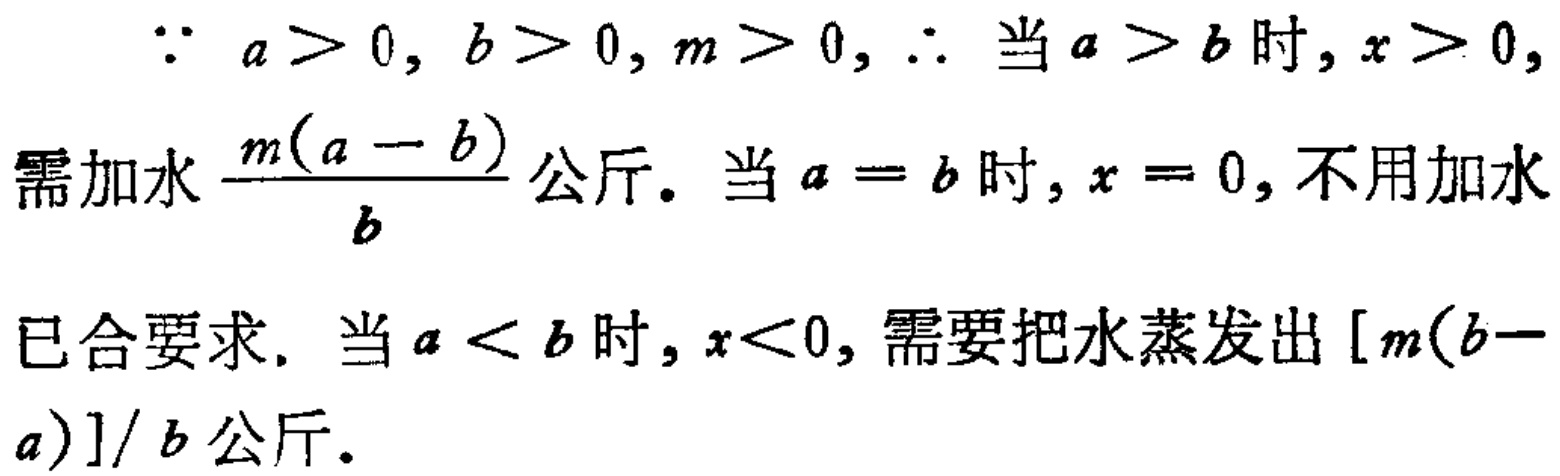
\(\because a > 0, b > 0, m > 0, \therefore\) 当 \(a > b\) 时, \(x > 0,\)
需加水 \(\frac{m(a - b)}{b}\) 公斤. 当 \(a = b\) 时, \(x = 0\), 不用加水
已合要求. 当 \(a < b\) 时, \(x<0\), 需要把水蒸发出 \([m(b - a)]/ b\) 公斤.